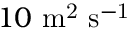
1 0 ~ \mathrm { m ^ { 2 } ~ s ^ { - 1 } }